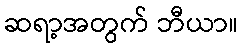
ဆရာ့အတွက် ဘီယာ။